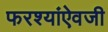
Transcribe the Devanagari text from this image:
फरश्यांऐवजी